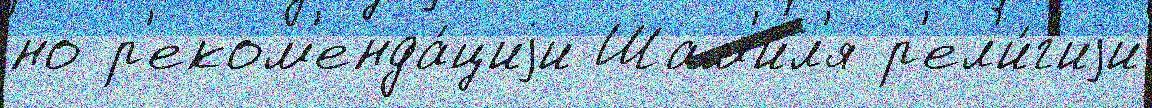
но р'еком'енда́циjи Шам'ил'я р'ел'и́г'иjи